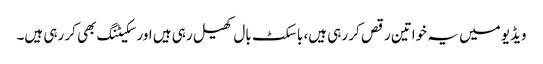
ویڈیو میں یہ خواتین رقص کر رہی ہیں، باسکٹ بال کھیل رہی ہیں اور سکیٹنگ بھی کر رہی ہیں۔